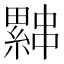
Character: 𰀨